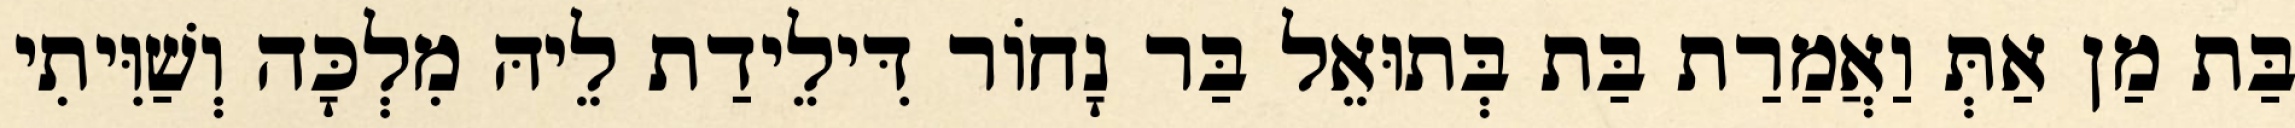
בַּת מַן אַתְּ וַאֲמַרַת בַּת בְּתוּאֵל בַּר נָחוֹר דִּילֵידַת לֵיהּ מִלְכָּה וְשַׁוִּיתִי